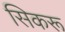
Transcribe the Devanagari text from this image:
सिकरू